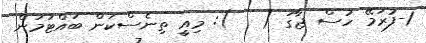
1-ފުރަމޭ ހުސް ޖާގަ (   ): މިއީ ތިނެސްކަން ބައްޓަމަން